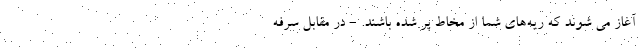
آغاز می شوند که ریه‌های شما از مخاط پر شده باشند. - در مقابل سرفه